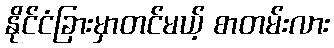
နိုင်ငံခြားမှာတင်မယ့် စာတမ်းလား